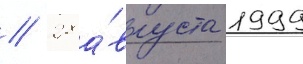
// 28 а́вгуста 1999